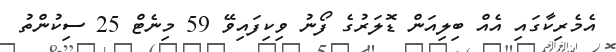
އެމެރިކާގައި އެއް ބިލިއަން ޑޮލަރުގެ ފޯނު ވިކިފައިވޭ 59 މިނެޓް 25 ސިކުންތު